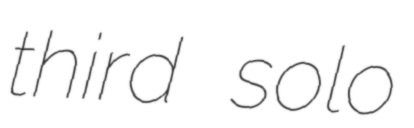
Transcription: third solo